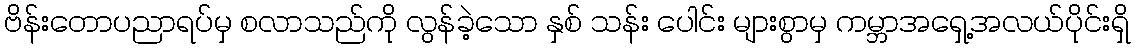
ဗိန်းတောပညာရပ်မှ စလာသည်ကို လွန်ခဲ့သော နှစ် သန်း ပေါင်း များစွာမှ ကမ္ဘာအရှေ့အလယ်ပိုင်းရှိ